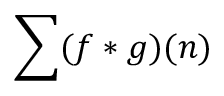
\sum ( f * g ) ( n )